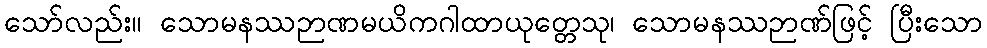
သော်လည်း။ သောမနဿဉာဏမယိကဂါထာယုတ္တေသု၊ သောမနဿဉာဏ်ဖြင့် ပြီးသော